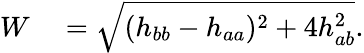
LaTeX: \begin{array}{rl}{W}&{{}=\sqrt{(h_{bb}-h_{aa})^{2}+4h_{ab}^{2}}.}\end{array}